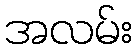
အလမ်း